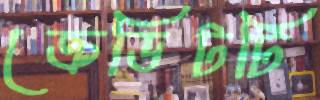
ক্রেডিটটি